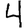
Digit: 4